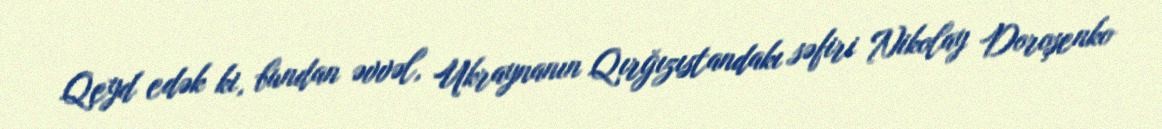
Qeyd edək ki, bundan əvvəl, Ukraynanın Qırğızıstandakı səfiri Nikolay Doroşenko